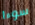
سوءا